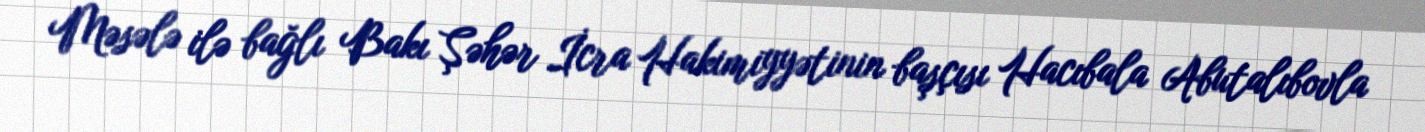
Məsələ ilə bağlı Bakı Şəhər İcra Hakimiyyətinin başçısı Hacıbala Abutalıbovla